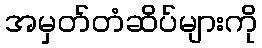
အမှတ်တံဆိပ်များကို